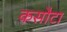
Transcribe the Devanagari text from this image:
कसौटा